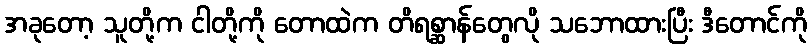
အခုတော့ သူတို့က ငါတို့ကို တောထဲက တိရစ္ဆာန်တွေလို သဘောထားပြီး ဒီတောင်ကို